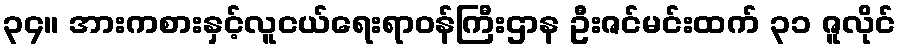
၃၄။ အားကစားနှင့်လူငယ်ရေးရာဝန်ကြီးဌာန ဦးဇင်မင်းထက် ၃၁ ဇူလိုင်